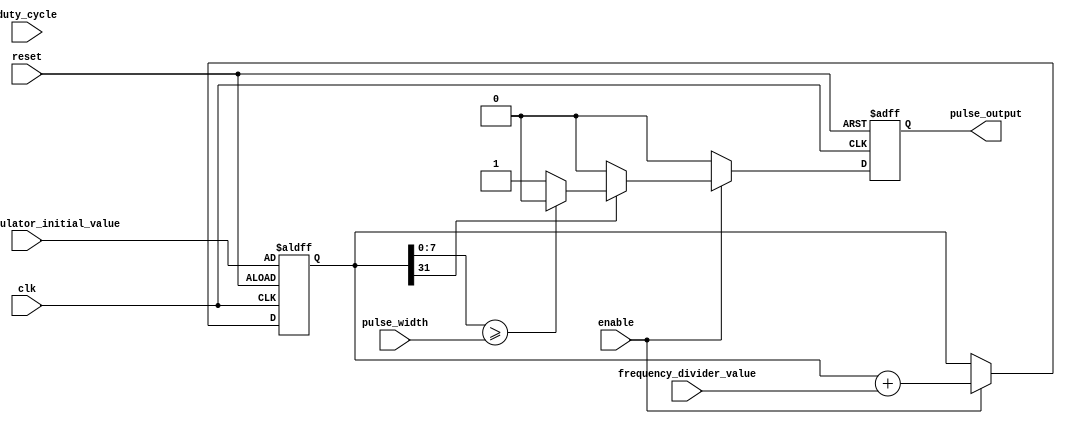
module Variable_Frequency_Pulse_Generator (
    input clk,          // input clock signal
    input reset,        // reset signal
    input enable,       // enable signal
    input [15:0] frequency_divider_value,  // programmable frequency divider value
    input [31:0] phase_accumulator_initial_value,  // initial value for phase accumulator
    input [7:0] pulse_width,    // pulse width
    input [7:0] duty_cycle,     // duty cycle

    output reg pulse_output  // output pulse signal
);

reg [31:0] phase_accumulator;

always @(posedge clk or posedge reset) begin
    if (reset) begin
        phase_accumulator <= phase_accumulator_initial_value;
        pulse_output <= 0;
    end else begin
        if (enable) begin
            phase_accumulator <= phase_accumulator + frequency_divider_value;
            if (phase_accumulator[31]) begin
                pulse_output <= 1;
                if (phase_accumulator[7:0] >= pulse_width) begin
                    pulse_output <= 0;
                end
            end else begin
                pulse_output <= 0;
            end
        end else begin
            pulse_output <= 0;
        end
    end
end

endmodule